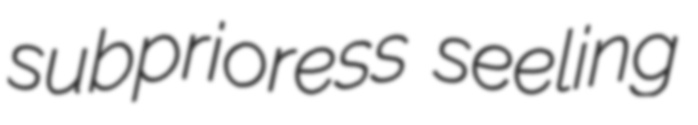
subprioress seeling